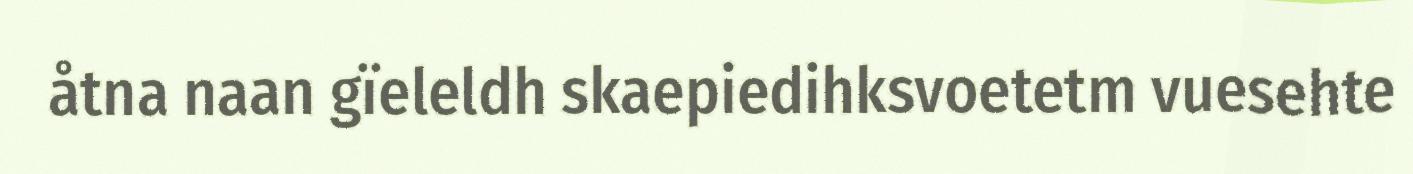
åtna naan gïeleldh skaepiedihksvoetetm vuesehte